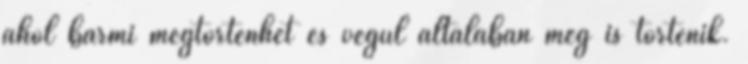
ahol bármi megtörténhet és végül általában meg is történik.